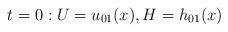
LaTeX: \begin{align*}t=0: U=u_{01}(x), H=h_{01}(x)\end{align*}